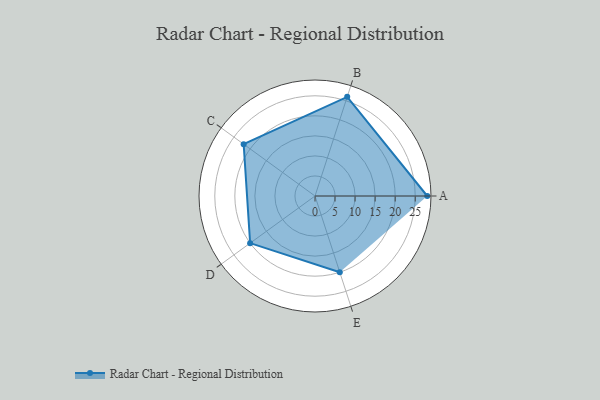
{"axis": {"x": "Skill", "y": "Score"}, "legend": ["Profile"], "data": [{"x": "A", "y": 28.0, "type": "Profile"}, {"x": "B", "y": 26.0, "type": "Profile"}, {"x": "C", "y": 22.0, "type": "Profile"}, {"x": "D", "y": 20, "type": "Profile"}, {"x": "E", "y": 20, "type": "Profile"}]}